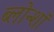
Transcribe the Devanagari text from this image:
ब्लोन्शॉ